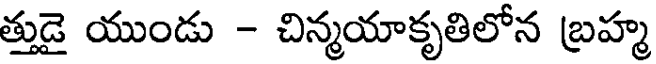
త్తుడై యుండు - చిన్మయాకృతిలోన బ్రహ్మ